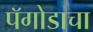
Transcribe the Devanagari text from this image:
पॅगोडाचा